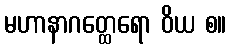
မဟာနာဂတ္ထေရော ဝိယ စ။